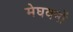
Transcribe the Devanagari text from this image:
मेघवनों